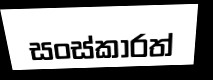
සංස්කාරත්